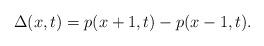
LaTeX: \begin{align*}\Delta(x,t) = p(x+1,t) - p(x-1,t).\end{align*}